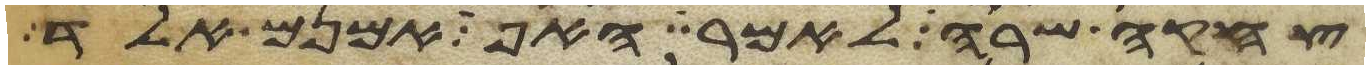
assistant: צחקה שרה לאמר האף אמנם אלד